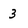
Character: 3